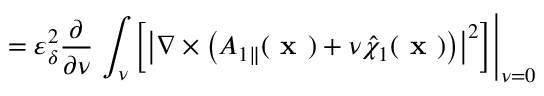
= \varepsilon _ { \delta } ^ { 2 } \frac { \partial } { \partial \nu } \left. \int _ { \nu } \left[ \left| \nabla \times \left( { A } _ { 1 \parallel } ( \textbf { x } ) + \nu \hat { \chi } _ { 1 } ( \textbf { x } ) \right) \right| ^ { 2 } \right] \right| _ { \nu = 0 }